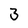
Character: 3